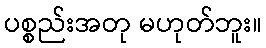
ပစ္စည်းအတု မဟုတ်ဘူး။